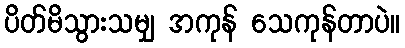
ပိတ်မိသွားသမျှ အကုန် သေကုန်တာပဲ။